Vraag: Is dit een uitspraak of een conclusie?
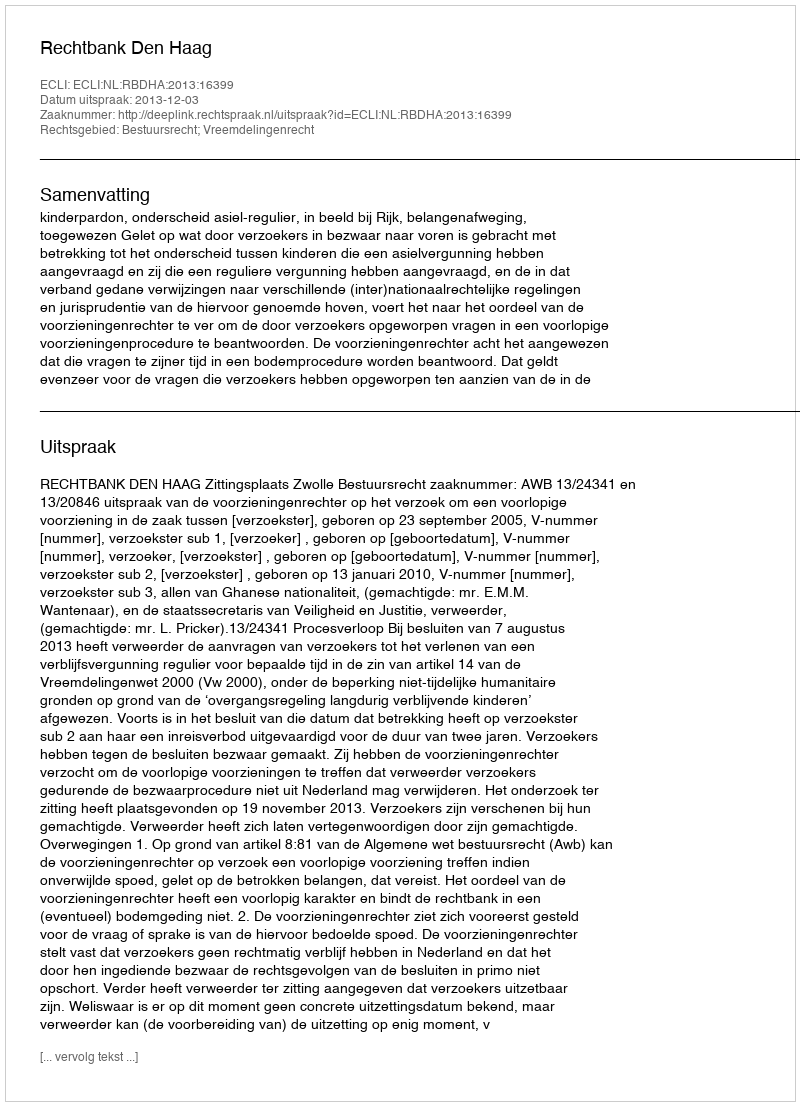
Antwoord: Uitspraak